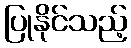
ပြုနိုင်သည့်